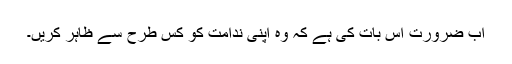
اب ضرورت اس بات کی ہے کہ وہ اپنی ندامت کو کس طرح سے ظاہر کریں۔